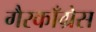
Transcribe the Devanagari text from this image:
गैरकाँग्रेस